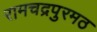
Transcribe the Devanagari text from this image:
रामचद्रपुरमठ